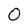
Character: O